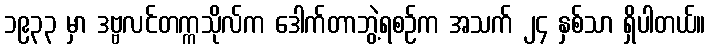
၁၉၃၃ မှာ ဒဗ္ဗလင်တက္ကသိုလ်က ဒေါက်တာဘွဲ့ရစဉ်က အသက် ၂၄ နှစ်သာ ရှိပါတယ်။